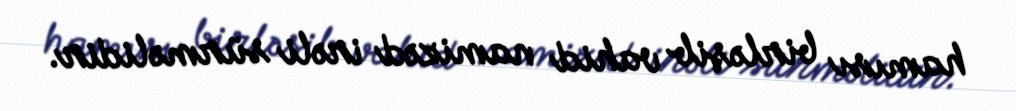
hamısı birləşib vahid namizəd irəli sürməlidir.